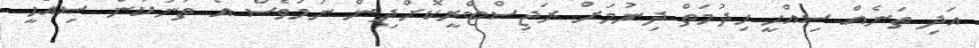
އަދި ތަނެއް ސިއްޙީ ހިދުމަތް ދިނުމަށް ރަޖިސްޓްރީކޮށްދިން ނަމަވެސް އެ ތަނަކުން ސިއްޙީ